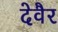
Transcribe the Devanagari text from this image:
देवैर